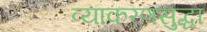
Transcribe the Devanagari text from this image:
व्याकरणसुद्धा